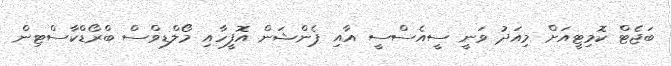
ބަޖެޓް ކޮމިޓީއަށް މިއަދު ވަނީ ސީއެސްސީ އާއި ޕެންޝަން އޮފީހާއި މޯލްޑިވްސް ބްރޯޑްކާސްޓިން